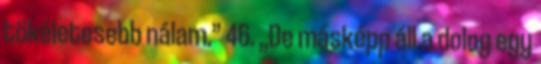
tökéletesebb nálam.” 46. „De másképp áll a dolog egy